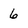
Character: 6